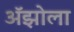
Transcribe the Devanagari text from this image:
अॅझोला